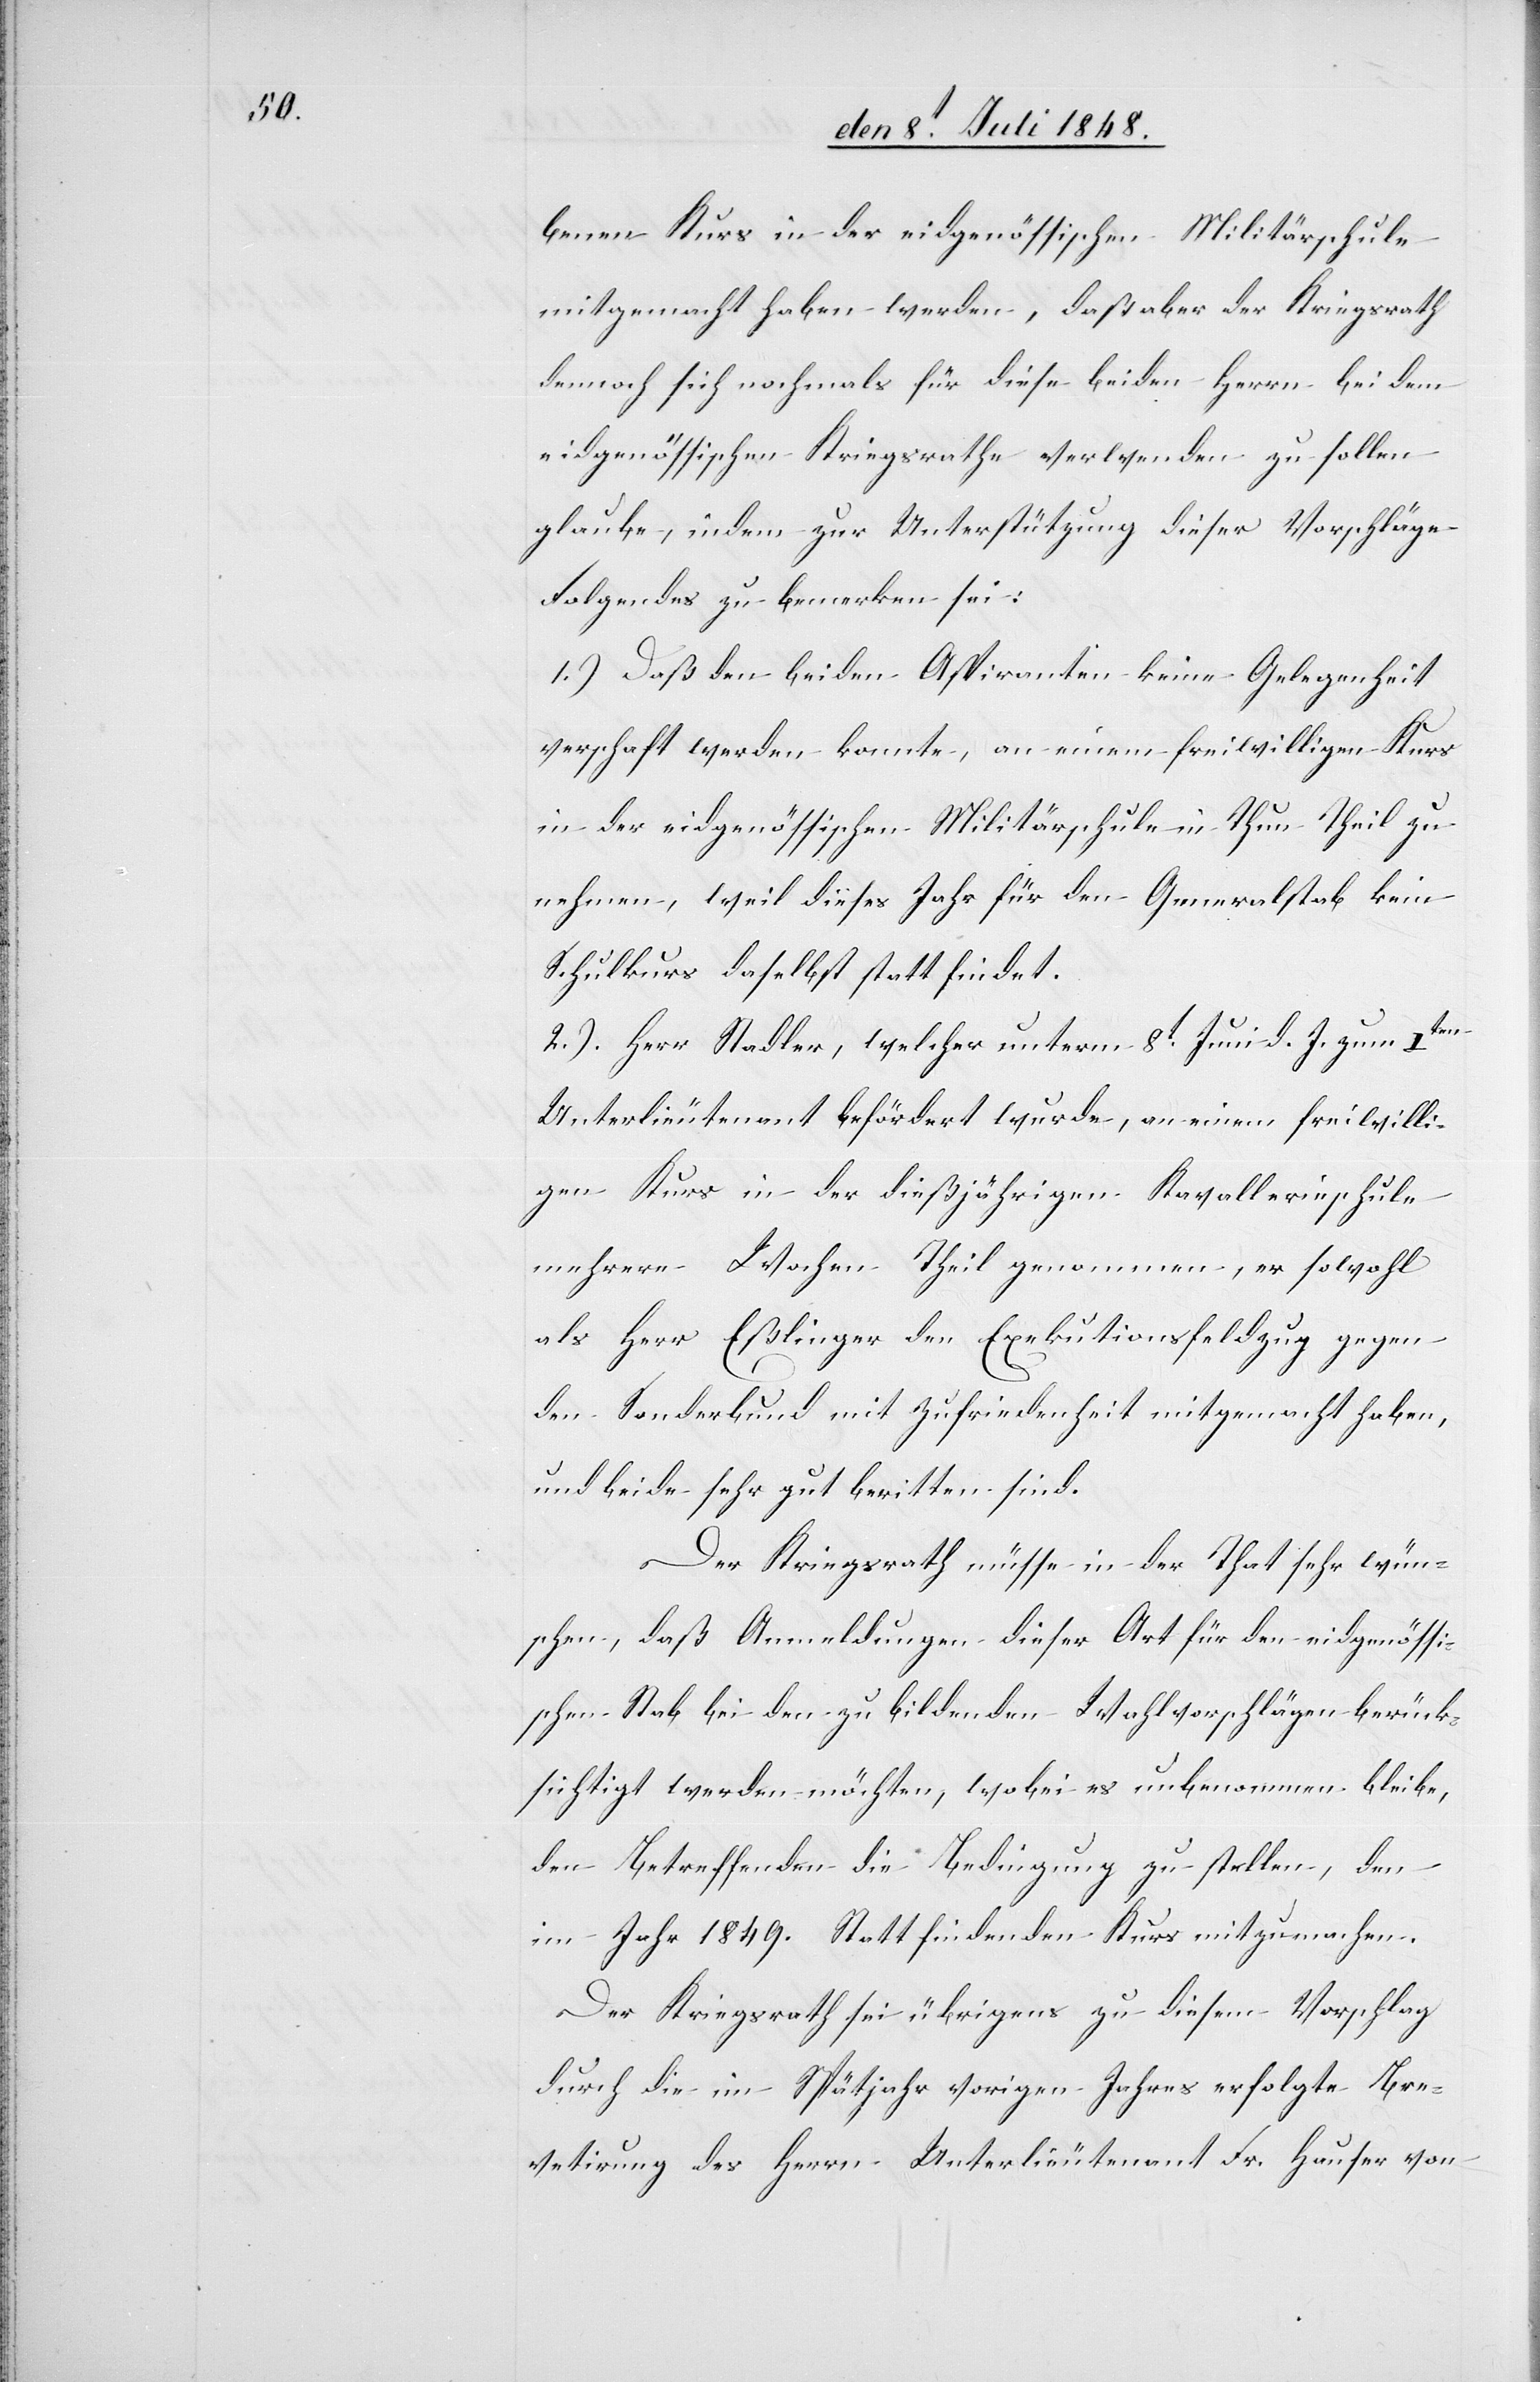
benen Kurs in der eidgenössischen Militärschule
mitgemacht haben werden, daß aber der Kriegsrath
dennoch sich nochmals für diese beiden Herrn bei dem
eidgenössischen Kriegsrathe verwenden zu sollen
glaube, indem zur Unterstützung dieser Vorschläge
Folgendes zu bemerken sei;
1.) Daß den beiden Aspiranten keine Gelegenheit
verschaft werden konnte, an einem freiwilligen Kurs
in der eidgenössischen Militärschule in Thun Theil zu
nehmen, weil dieses Jahr für den Generalstab kein
Schulkurs daselbst statt findet.
2.) Herr Stadler, welcher unterm 8t Juni d. J. zum Iten
Unterlieutenant befördert wurde, an einem freiwilli¬
gen Kurs in der dießjährigen Kavallerieschule
mehrere Wochen Theil genommen, er sowohl
als Herr Eßlinger den Exekutionsfeldzug gegen
den Sonderbund mit Zufriedenheit mitgemacht haben,
und beide sehr gut beritten sind.
Der Kriegsrath müsse in der That sehr wün¬
schen, daß Anmeldungen dieser Art für den eidgenössi¬
schen Stab bei den zu bildenden Wahlvorschlägen berück¬
sichtigt werden möchten, wobei es unbenommen bleibe,
den Betreffenden die Bedingung zu stellen, den
im Jahr 1849. Statt findenden Krus mitzumachen.
Der Kriegsrath sei übrigens zu diesem Vorschlag
durch die im Spätjahr vorigen Jahres erfolgte Bre¬
vetirung des Herrn Unterlieutenant Fr. Hauser von